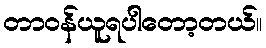
တာဝန်ယူရပါတော့တယ်။